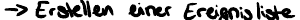
-> Erstellen einer Ereignisliste